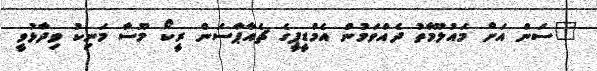
"ސަން އަށް މައުލޫމާތު ދެއްވަމުން އެމްޑީޕީގެ ޗެއާޕާސަން ރީކޯ މޫސާ މަނިކު ވިދާޅުވީ